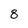
Character: 8